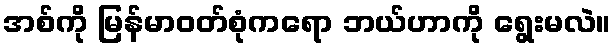
အစ်ကို မြန်မာဝတ်စုံကရော ဘယ်ဟာကို ရွေးမလဲ။